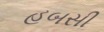
હબસી